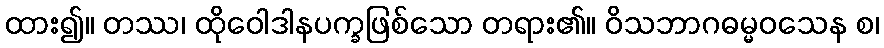
ထား၍။ တဿ၊ ထိုဝေါဒါနပက္ခဖြစ်သော တရား၏။ ဝိသဘာဂဓမ္မဝသေန စ၊